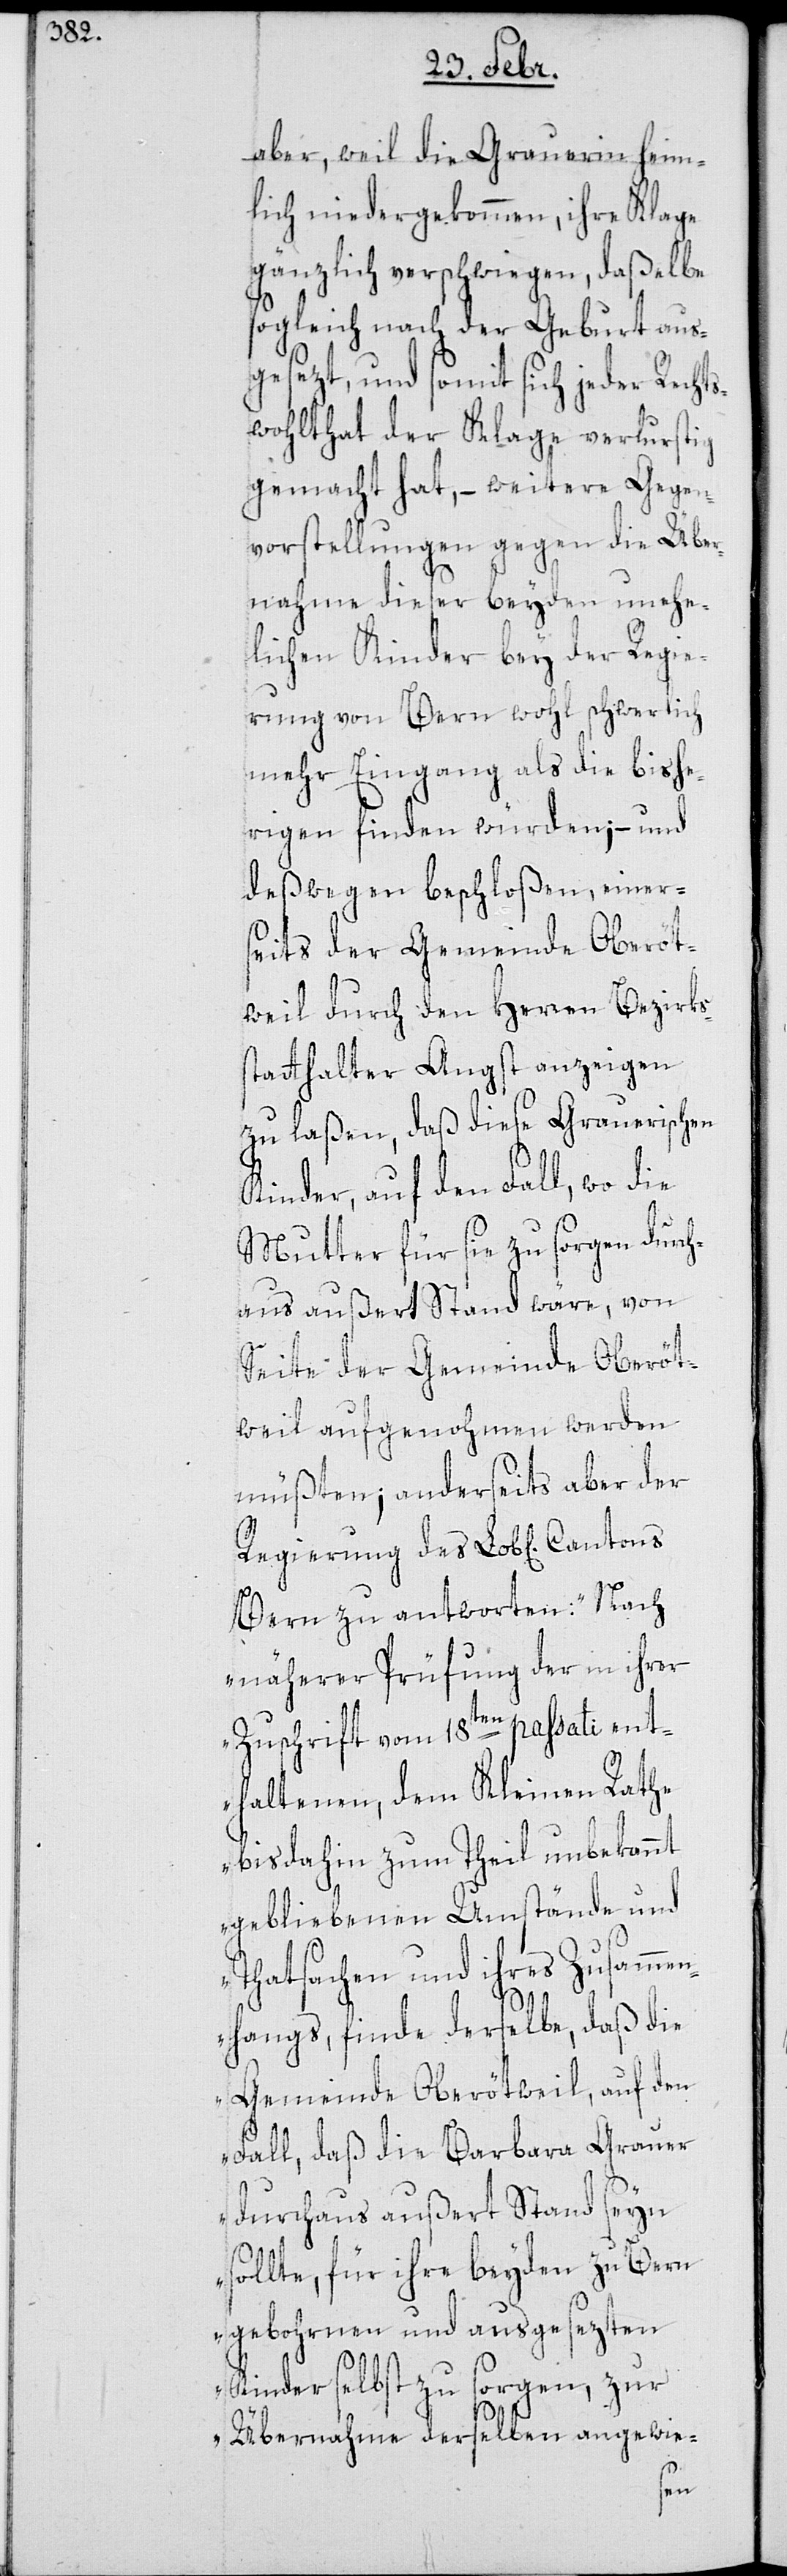
aber, weil die Grauerin heim¬
lich niedergekommen, ihre Klage
gänzlich verschwiegen, daßelbe
sogleich nach der Geburt aus¬
gesezt, und somit sich jeder Rechts¬
wohlthat der Klage verlustig
gemacht hat, – weitere Gegen¬
vorstellungen gegen die Über¬
nahme dieser beyden unehe¬
lichen Kinder bey der Regie¬
rung von Bern wohl schwerlich
mehr Eingang als die bishe¬
rigen finden würden; – und
deßwegen beschloßen, einers¬
eits der Gemeinde Oberöt¬
weil durch den Herren Bezirks¬
statthalter Angst anzeigen
zu laßen, daß diese Grauerischen
Kinder, auf den Fall, wo die
Mutter für sie zu sorgen durch¬
aus außert Stand wäre, von
Seite der Gemeinde Oberöt¬
weil aufgenohmen werden
müßten; anderseits aber der
Bern zu antworten: „Nach
näherer Prüfung der in ihrer
Zuschrift vom 18ten passati ent¬
haltenen, dem Kleinen Rathe
bis dahin zum Theil unbekannt
gebliebenen Umstände und
Thatsachen und ihres Zusammen¬
hangs, finde derselbe, daß die
Gemeinde Oberötweil auf den
Fall, daß die Barbara Grauer
durchaus außert Stand seyn
sollte, für ihre beyden zu Bern
gebohrnen und ausgesezten
Kinder selbst zu sorgen, zur
Übernahme derselben angewie-